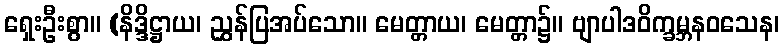
ရှေးဦးစွာ။ (နိဒ္ဒိဋ္ဌာယ၊ ညွှန်ပြအပ်သော။ မေတ္တာယ၊ မေတ္တာ၌။ ဗျာပါဒဝိက္ခမ္ဘနဝသေန၊